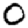
Digit: 0